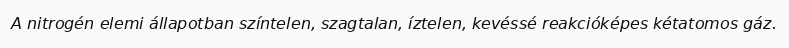
A nitrogén elemi állapotban színtelen, szagtalan, íztelen, kevéssé reakcióképes kétatomos gáz.